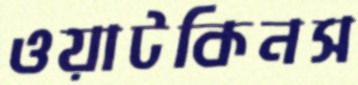
ওয়াটকিনস